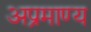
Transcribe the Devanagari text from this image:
अप्रमाण्य